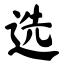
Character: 选